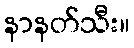
နာနတ်သီး။